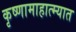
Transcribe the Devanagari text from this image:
कृष्णामाहात्म्यात